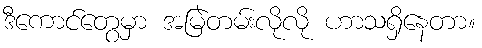
ဒီကောင်တွေမှာ အမြဲတမ်းလိုလို ဟာသရှိနေတာ။